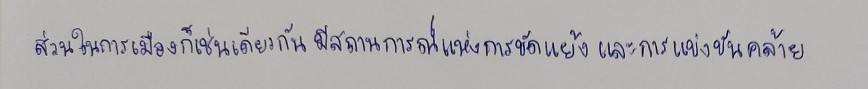
ส่วนในการเมืองก็เช่นเดียวกันมีสถานการณ์แห่งการขัดแย้งและการแข่งขันคล้าย